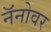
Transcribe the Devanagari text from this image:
नॅनोवर